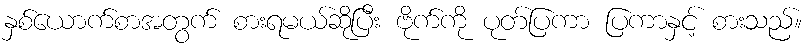
နှစ်ယောက်စာအတွက် စားရမယ်ဆိုပြီး ဗိုက်ကို ပုတ်ပြကာ ပြကာနှင့် စားသည်။